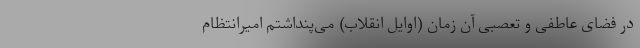
در فضای عاطفی و تعصبی آن زمان (اوایل انقلاب) می‌پنداشتم امیرانتظام